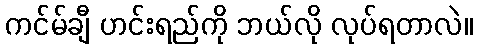
ကင်မ်ချီ ဟင်းရည်ကို ဘယ်လို လုပ်ရတာလဲ။